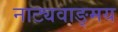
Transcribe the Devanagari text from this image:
नाट्यवाङ्‌मय